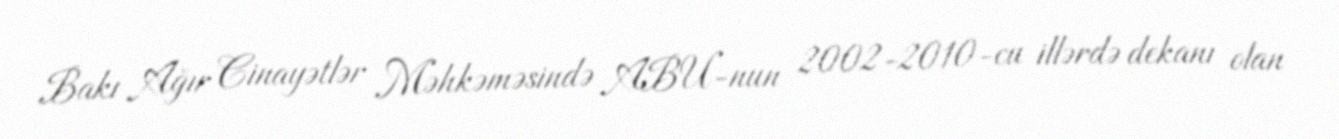
Bakı Ağır Cinayətlər Məhkəməsində ABU-nun 2002-2010-cu illərdə dekanı olan